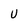
Character: U